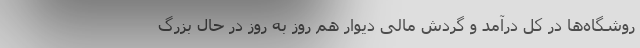
روشگاه‌ها در کل درآمد و گردش مالی دیوار هم روز به روز در حال بزرگ